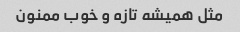
مثل همیشه تازه و خوب ممنون